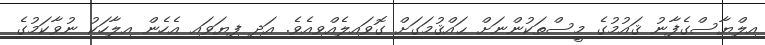
އިލްޔާސްގެފާނު ޤައުމުގެ މީސްތަކުންނަށް ޙައްޤުމަގަށް ގޮވައިލެއްވިއެވެ. އަދި ފިޔަވައި އެހެން އިލާހަކު ނުވާކަމުގެ